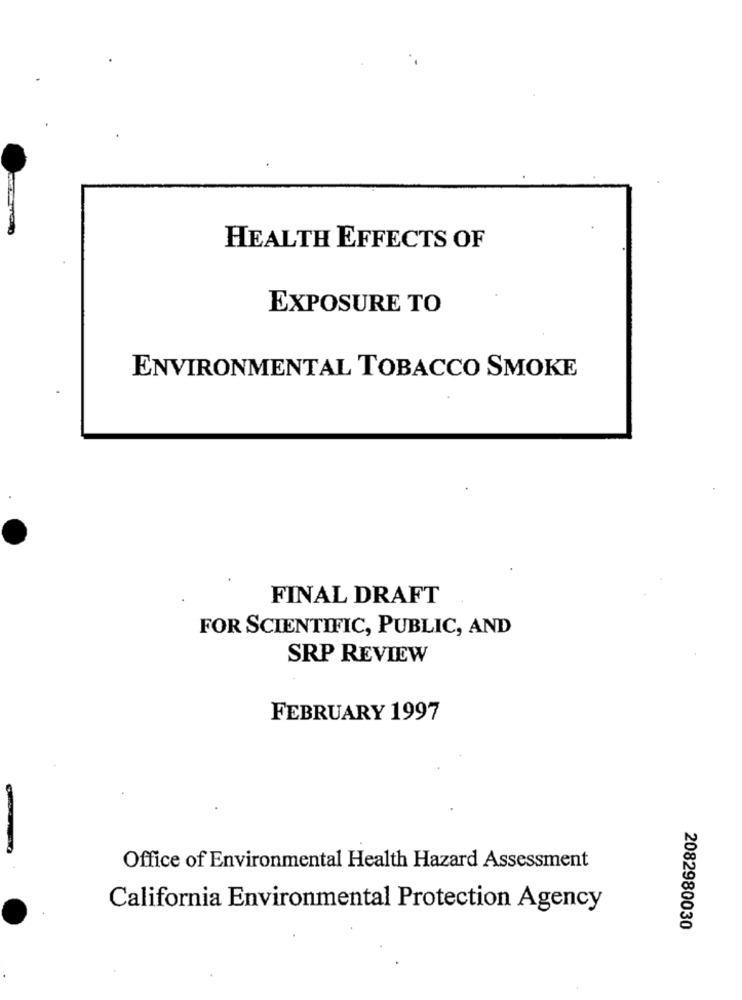
HEALTH EFFECTS OF
EXPOSURE TO
ENVIRONMENTAL TOBACCO SMOKE
FINAL DRAFT
FOR SCIENTIFIC, PUBLIC, AND
SRP REVIEW
FEBRUARY 1997
Office of Environmental Health Hazard Assessment
California Environmental Protection Agency
2082980030